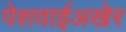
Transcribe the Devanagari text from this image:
पेशवाईअखेर